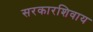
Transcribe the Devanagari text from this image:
सरकारशिवाय